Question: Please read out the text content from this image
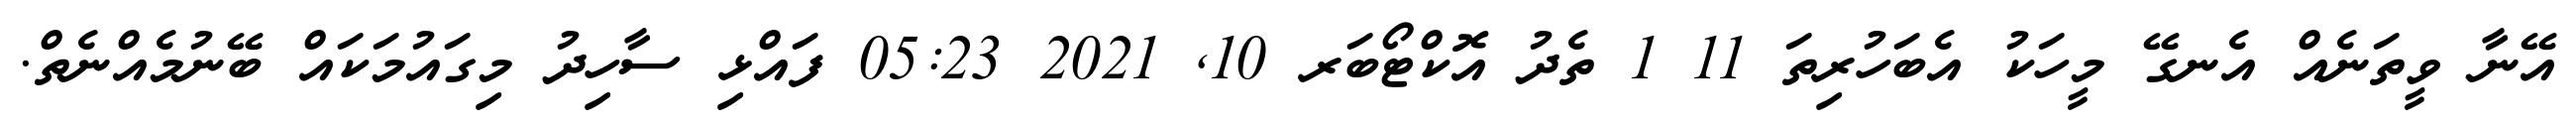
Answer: އޭނާ ވީތަނެއް އެނގޭ މީހަކު އެބަހުރިތަ 11 1 ތެދު އޮކްޓޯބަރ 10, 2021 05:23 ފައްޅި ސާހިދު މިގައުމަކައް ބޭނުމެއްނެތް.